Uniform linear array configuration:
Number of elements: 48
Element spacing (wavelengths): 0.25
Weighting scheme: blackman
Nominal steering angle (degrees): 0
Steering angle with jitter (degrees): -0.5127
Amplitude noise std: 0.05
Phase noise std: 0.05

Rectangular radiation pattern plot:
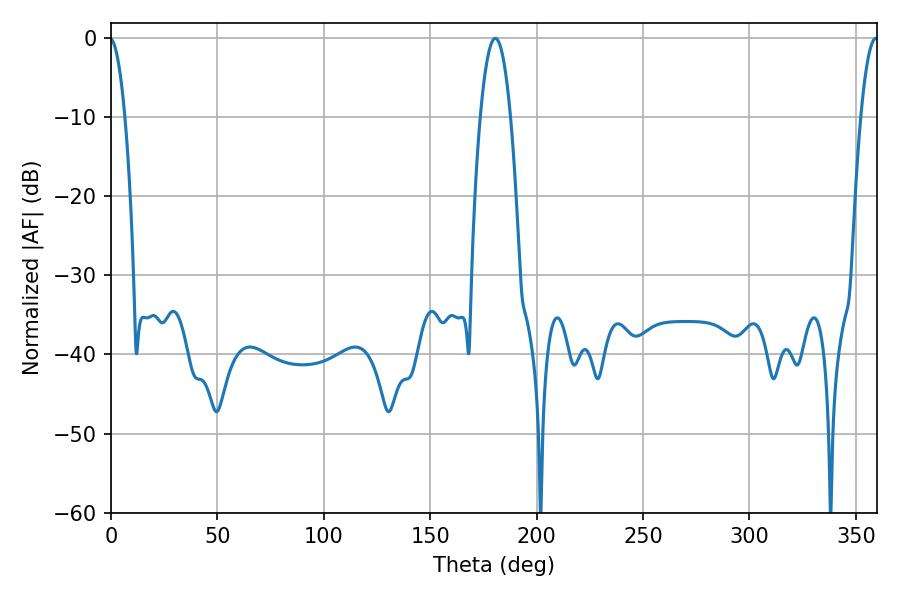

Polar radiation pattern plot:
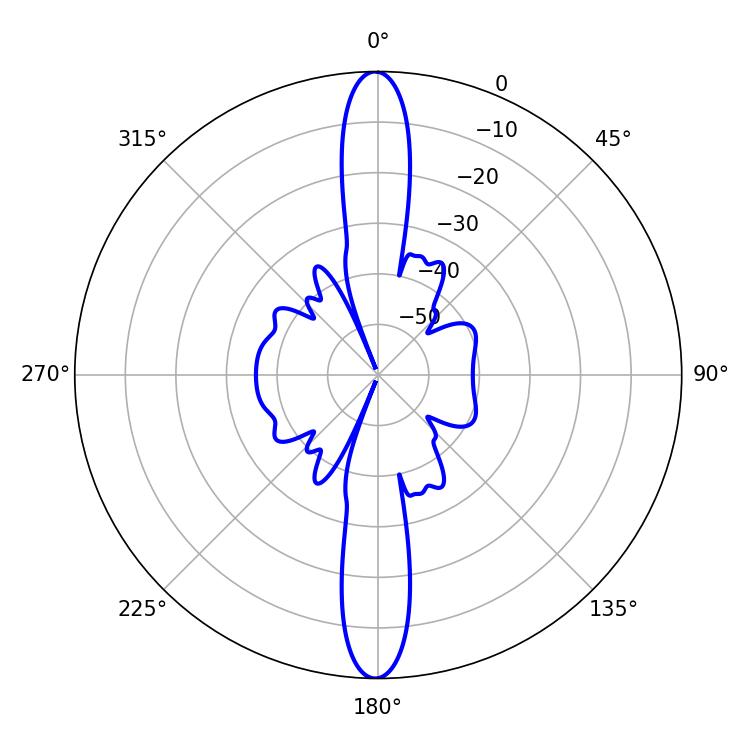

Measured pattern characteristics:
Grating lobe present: FALSE
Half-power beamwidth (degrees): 4.5
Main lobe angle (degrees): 359.46